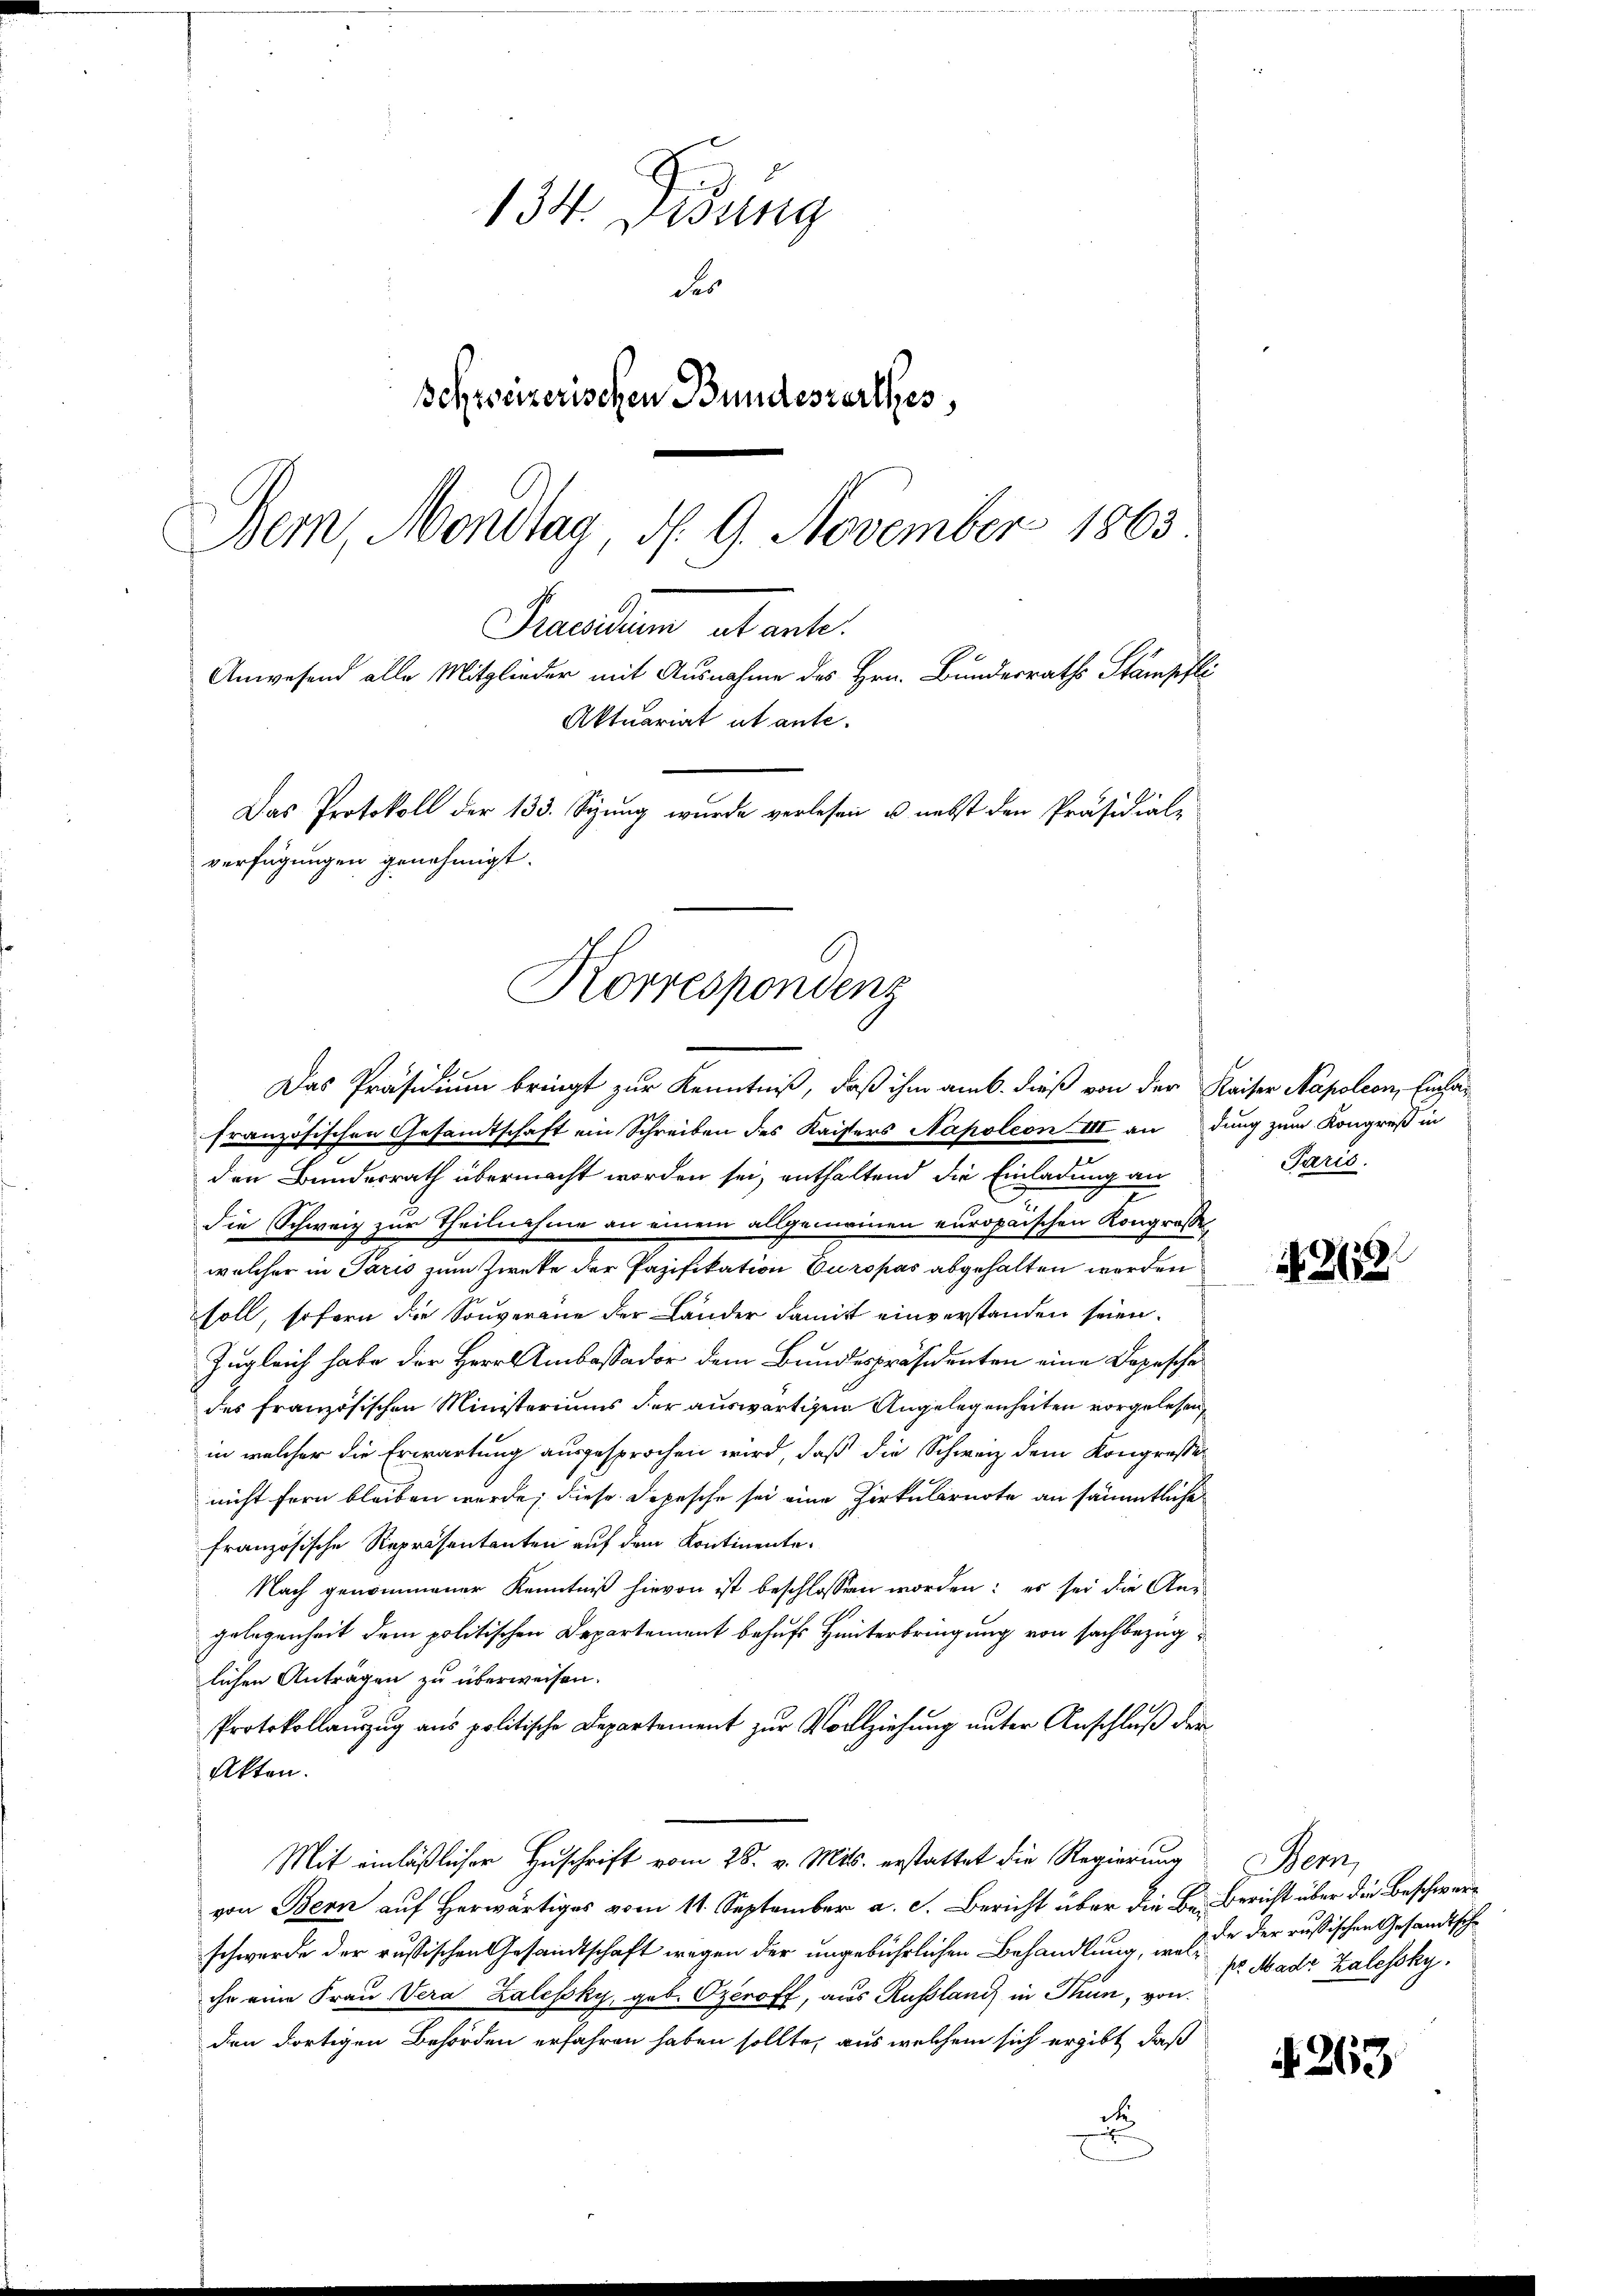
134. Didung
des
Schweizerischen Bundesverthes,
Bem, Mondtag, N. 9. November 1863
Frarium abante.
Anwesend alle Mitglieder mit Ausnahme des Hrn. Bundesraths Stämpfli
Aktuariat ut ante-
Das Protokoll der 133. Sizung wurde verlesen u. nebst den Präsidial-
verfügungen genehmigt.

Korrespondenz
Das Präsidium bringt zur Kenntniß, daß ihm am 6. dieß von der Kaiser Napoleon, Einlag

französischen Gesamtschaft ein Schreiben des Kaisers Napoleon III andung zum Kongreß in
.
den Bundesrath übermacht worden sei, enthaltend die Einladung an
die Schweiz zur Theilnahme an einem allgemeinen europaischen Kongrosse
welcher in Paris zum Zwecke der Pazifikation Europas abgehalten worden
soll, sofern die Souverane der Länder damit einverstanden seien.
Zugleich habe der Herr Ambaßador dem Bundespräsidenten eine Depesche
des französischen Ministeriums der auswärtigen Angelegenheiten vorgelesen
in welcher die Erwartung ausgesprochen wird, daß die Schweiz dem Kongresse
nicht fern bleiben wurde; diese Depesche sei eine Zirkularnote an sämmtliche
französische Repräsentanten auf dem Kontinente.
Nach genommener Kenntniß hievon ist beschlossen worden: es sei die An-
gelegenheit dem politischen Departement behufs Hinterbringung von sachbezuglichen Anträgen zu überweisen.
Protokollauszug aus politische Departement zur Vollziehung unter Anschluß der
Akten.
Mit einläßlicher Zuschrift vom 28. v. Mts. erstattet die Regierung Bern,
von Bern auf Herwärtiges vom 11. September a. c. Bericht über die Be-Bericht über die Beschwerschwerde der russischen Gesandtschaft wegen der ungebührlichen Behandlung, wel pr Made Zalessky.
che eine Frau Vera Zalesky, geb. Czeroff, aus Russland in Thun, von
den dortigen Behörden erfahren haben sollte, aus welchem sich ergibt, daß
de
E

Paris.

N 229.

A. 263.

de der russischen Gesandtsche